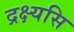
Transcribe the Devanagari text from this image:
द्रक्ष्यसि